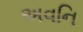
અવનિ